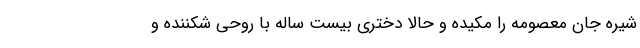
شیره‌ جان معصومه را مکیده و حالا دختری بیست ساله با روحی شکننده و